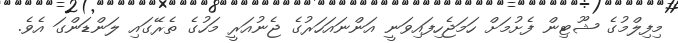
މިފިލްމުގެ ޝޫޓިން ފެށުމަށް ހަމަޖެހިފައިވަނީ އަންނައަހަރުގެ ޖެނުއަރީ މަހުގެ ތެރޭގައި ލަންޑަންގަ އެވެ.